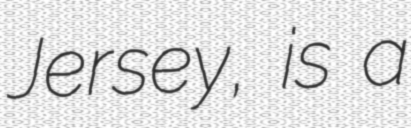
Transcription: Jersey, is a